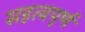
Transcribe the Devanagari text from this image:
सहत्वपूर्ण